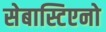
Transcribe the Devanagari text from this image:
सेबास्टिएनो